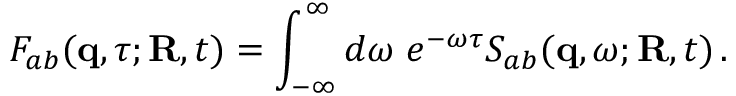
F _ { a b } ( { \bf q } , \tau ; { \bf R } , t ) = \int _ { - \infty } ^ { \infty } d \omega \; e ^ { - \omega \tau } S _ { a b } ( { \bf q } , \omega ; { \bf R } , t ) \, .